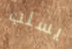
يسلب